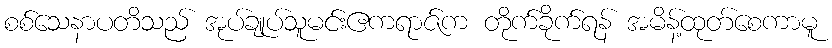
စစ်သေနာပတိသည် အုပ်ချုပ်သူမင်းဧကရာဇ်က တိုက်ခိုက်ရန် အမိန့်ထုတ်စေကာမူ